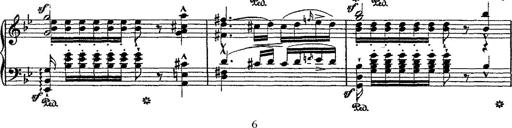
Title: Fantaisie romantique sur deux mÃ©lodies suisses
Composer: Franz Liszt